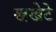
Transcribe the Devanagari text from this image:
खखेटे